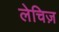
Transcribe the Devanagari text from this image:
लेचिज़